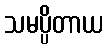
သမပ္ပိတာယ